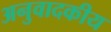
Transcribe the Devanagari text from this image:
अनुवादकीय